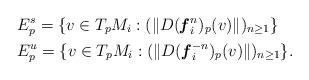
LaTeX: \begin{align*}&E_{p} ^{s}=\{v\in T_{p}M_{i}: ( \Vert D (\textbf{\textit{f}}^{n}_{i})_{p} (v)\Vert)_{n\geq1}\} \\ \quad\quad&E_{p} ^{u}=\{v\in T_{p}M_{i}: (\Vert D (\textbf{\textit{f}}^{-n}_{i}) _{p} (v)\Vert)_{n\geq1}\}. \end{align*}